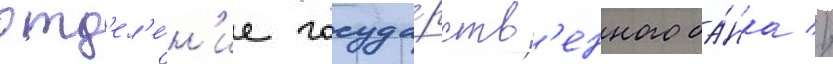
отд'ел'е́н'ие госуда́рств'енного ба́нка //